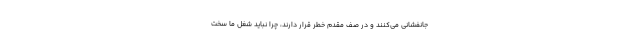
جانفشانی می‌کنند و در صف مقدم خطر قرار دارند، چرا نباید شغل ما سخت